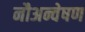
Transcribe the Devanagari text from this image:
नौअन्वेषण